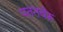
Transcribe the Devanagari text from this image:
पतनचेरू